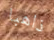
ذاهبا